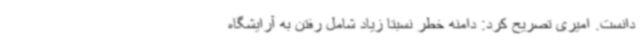
دانست. امیری تصریح کرد: دامنه خطر نسبتا زیاد شامل رفتن به آرایشگاه